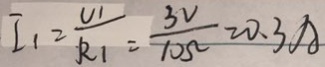
I _ { 1 } = \frac { U _ { 1 } } { R _ { 1 } } = \frac { 3 V } { 1 0 \Omega } = 0 . 3 A